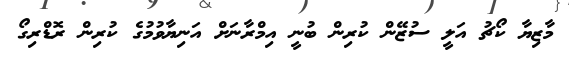
މާޒިޔާ ކޯޗު އަލީ ސުޒޭން ކުރިން ބުނީ އިމްރާނަށް އަނިޔާވުމުގެ ކުރިން ރޮޑްރިގޯ